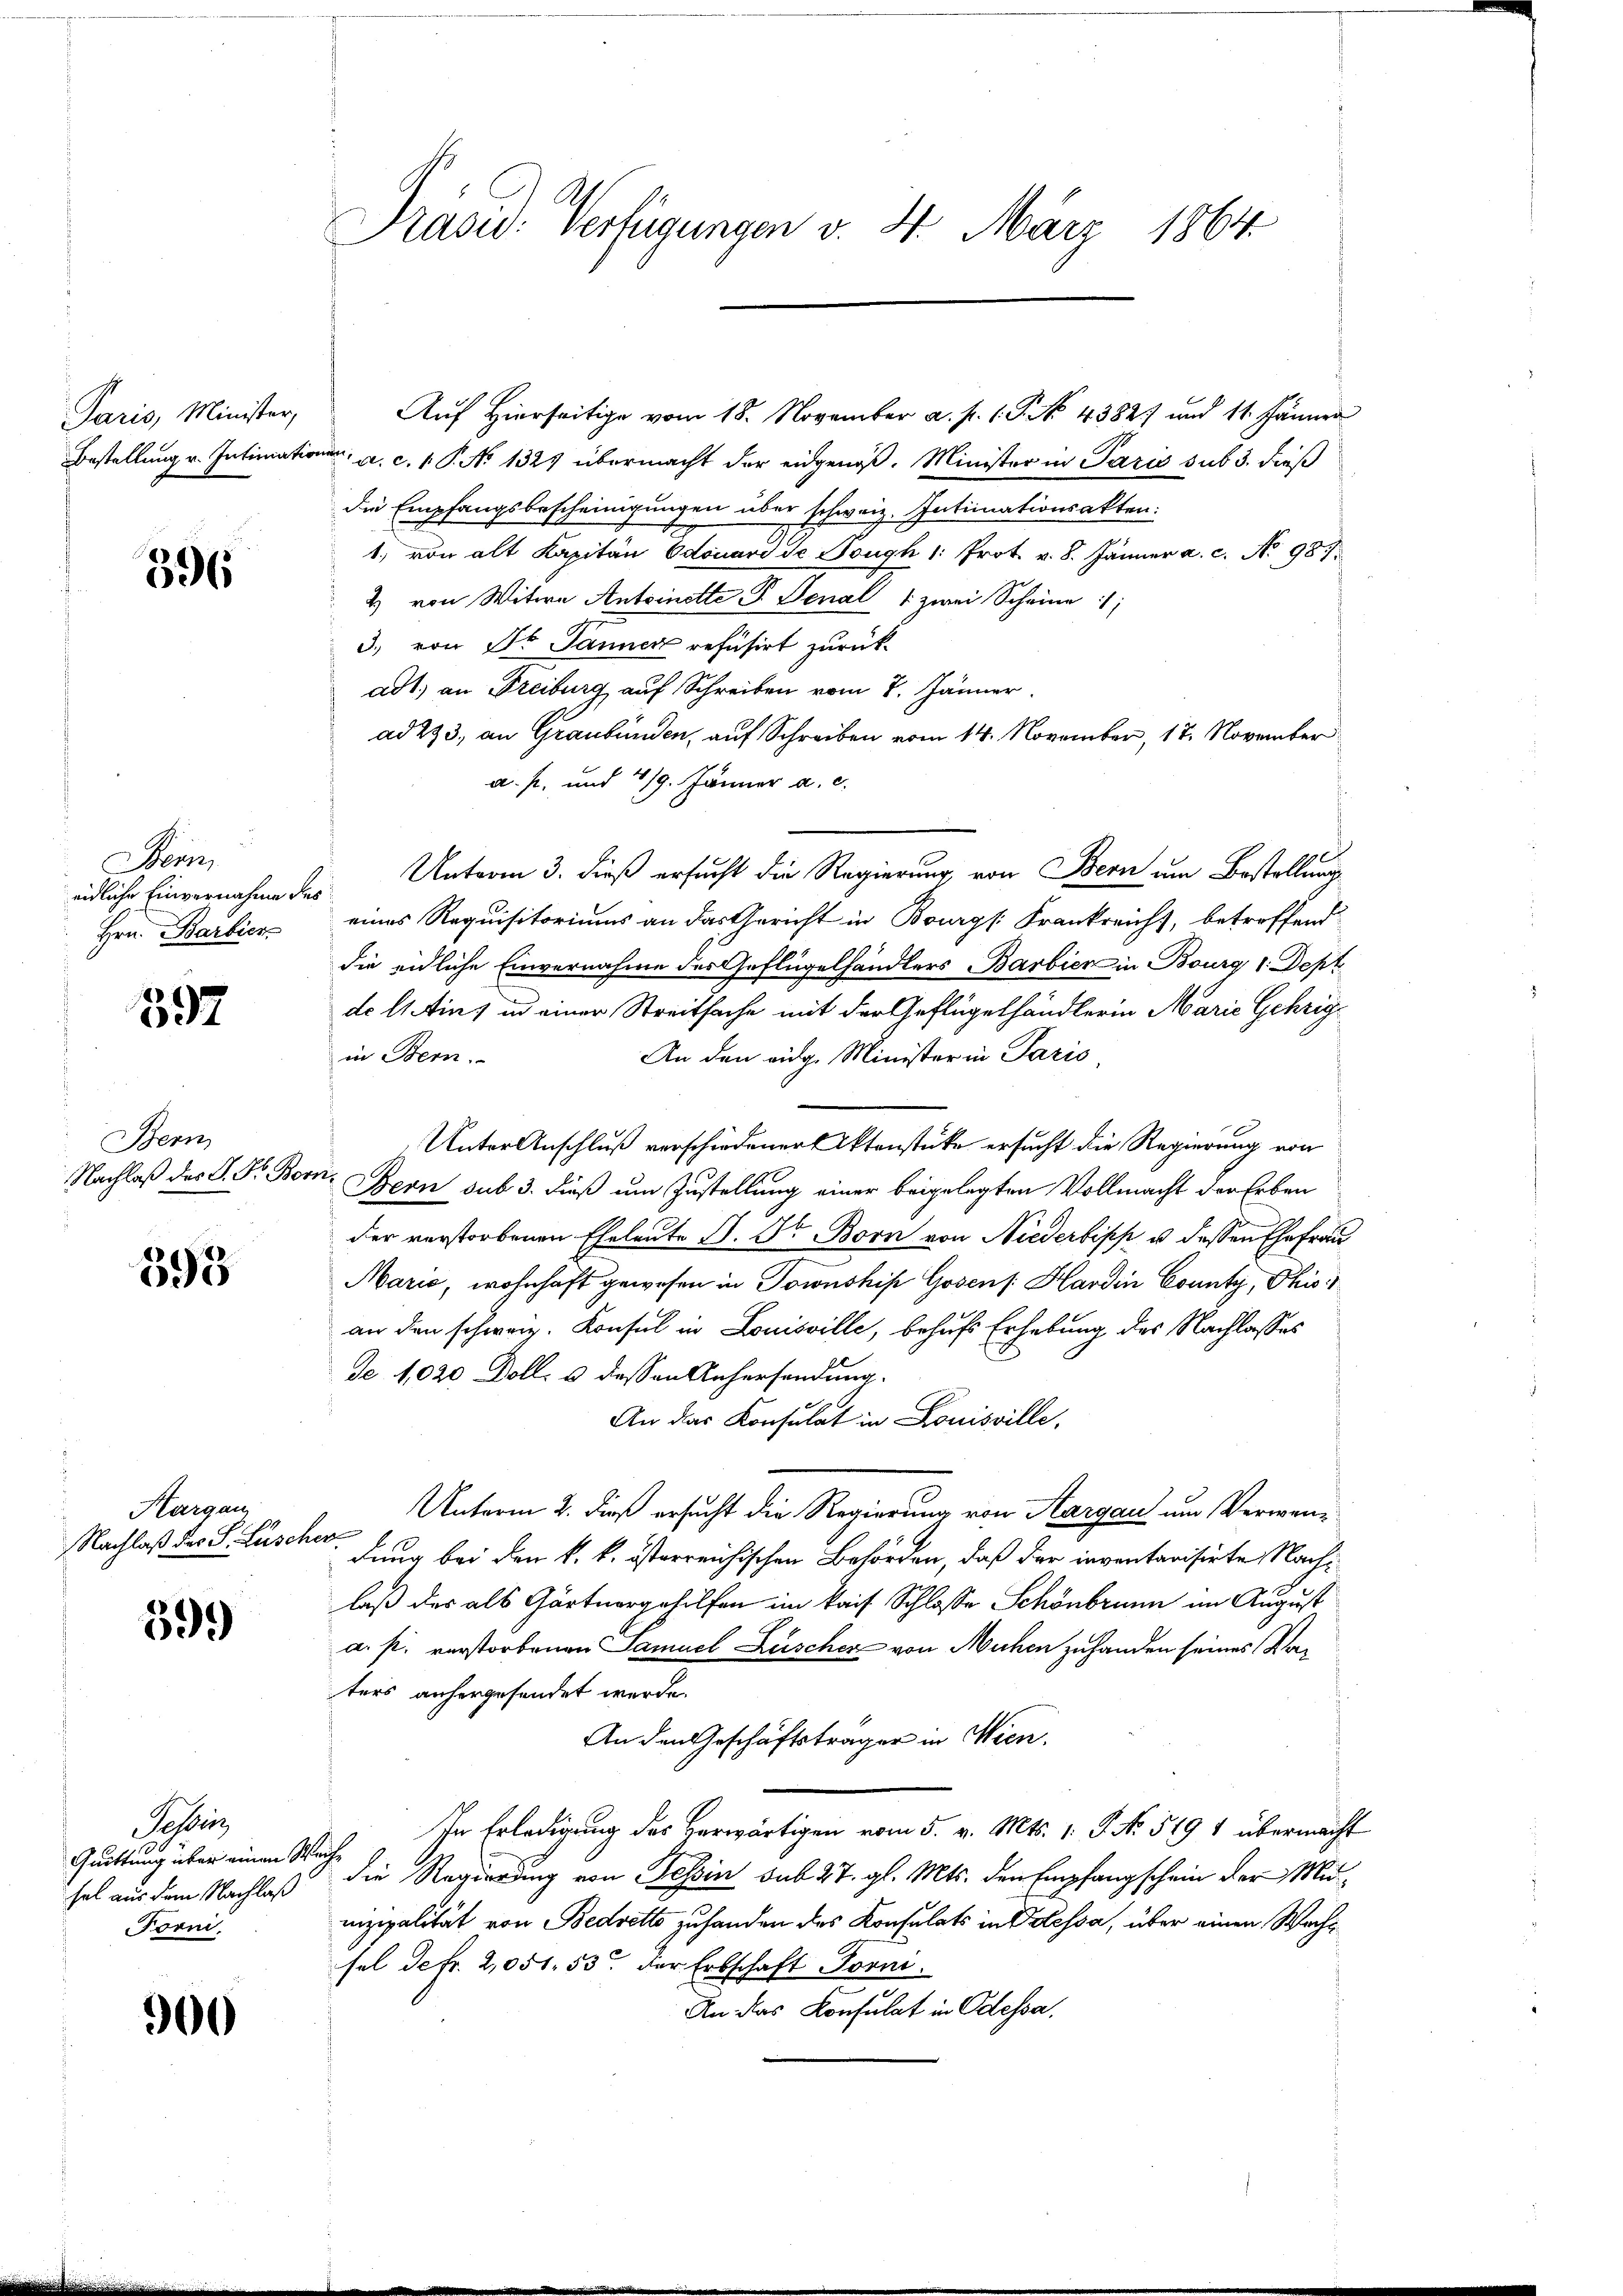
Paris, Minister,

396

Bern
eidliche Einvernahme des

397

Bern

393

Margau,
Nachlaß des S. Lüscher

599)

asreg
Quittung über einen Weihe
hal aus dem Nachlaß
Forni,

300

Auf Hierseitige vom 18. November a. p. 1. P. No. 43827 und 11. Jänner
Bestellung v. Intimationen, a. c. 1 P. No 1329 übermacht der eidgenöß. Minister in Paris sub 3. dieß
die Empfangsbescheinigungen über schweiz. Intimationsakten:
1. von alt Kapitän Odouard de Tough 1: Prot. v. 8. Jänner a. c. No 987
2) von Witwe Antoinette P. Senat 1 zwei Scheine
3.) von St. Panner refusirt zurückadt, an Freiburg auf Schreiben vom 8. Jänner
ad 273, an Graubünden, auf Schreiben vom 14. November, 18. November
a. p. und 419. Jänner a. c.
Unterm 3. dieß ersucht die Regierung, von Bern um Bestellung
Hrn. Barbier eines Requisitoriums an das Gericht in Bourg [: Frankreicht, betreffend
die eidliche Einvernahme des Geflügelhändlers Barbier in Bourg 1. Dept
do l. in, in einer Streitsache mit der Geflügelhändlerin Marie Gehrig
in Bern.
An den eidg. Minister in Paris
Unter Anschluß verschiedener Aktenstücke ersucht die Regierung von
Nachlaß des S. Fr. Born, Bern sub 3. dieß um Zustellung einer beigelegten Vollmacht der Erben
der verstorbenen Eheleute S. Dr Born von Niederbipp u. dessen Ehefrau
Marie, wohnhaft gewesen in Jownship Gosens Hardin County, Phis
an den schweiz. Konsul in Louisville, behufs Erhebung des Nachlasses
Je 1020 Doll. 3 dessen Anhersendung.
An das Konsulat in Louisville,
Unterm 2. dieß ersucht die Regierung von Aargau um Verwendung bei den k. k. österreichischen Behörden, daß der inventarisirte Nachlaß der als Gärtnergehilfen im kais Schlosse Schönbrunn im August
a. p. verstorbenen Samuel Zuscher von Mühen zuhanden seines Vaters anhergesendet werde.
An den Geschäftsträger in Wien.
In Erledigung des Herwärtigen vom 5. v. Mts. 1. No. 519 1 übermacht
die Regierung von Tessin sub 27. gl. Mts. den Empfangschein der Munizipalität von Bedretto zuhanden des Konsulats in Polessa, über einen Wacht
sel defr. 2,051. 53 der Erbschaft Torni
An das Konsulat in Odessa,

Präsid. Verfügungen v. 4. März 1864.